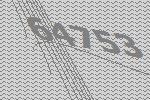
64753